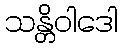
သန္တိဝါဒေါ